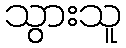
သွားသူ